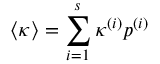
\langle \kappa \rangle = \sum _ { i = 1 } ^ { s } \kappa ^ { ( i ) } p ^ { ( i ) }